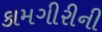
કામગીરીની